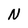
Character: N